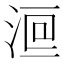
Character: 𣷻